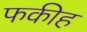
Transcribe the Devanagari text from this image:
फकीह